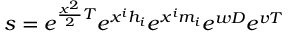
s = e ^ { { \frac { x ^ { 2 } } { 2 } } T } e ^ { x ^ { i } h _ { i } } e ^ { x ^ { i } m _ { i } } e ^ { w D } e ^ { v T }